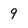
Character: 9